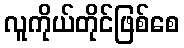
လူကိုယ်တိုင်ဖြစ်စေ